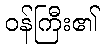
ဝန်ကြီး၏